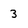
Character: 3